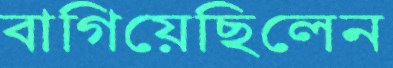
বাগিয়েছিলেন